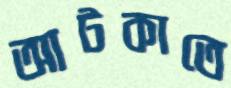
আটকাতে